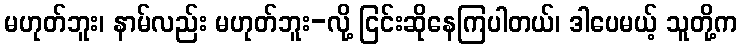
မဟုတ်ဘူး၊ နာမ်လည်း မဟုတ်ဘူး-လို့ ငြင်းဆိုနေကြပါတယ်၊ ဒါပေမယ့် သူတို့က